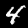
Digit: 4